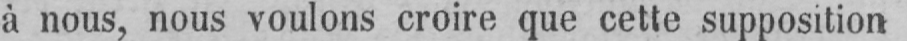
à nous, nous voulons croire que cette supposition